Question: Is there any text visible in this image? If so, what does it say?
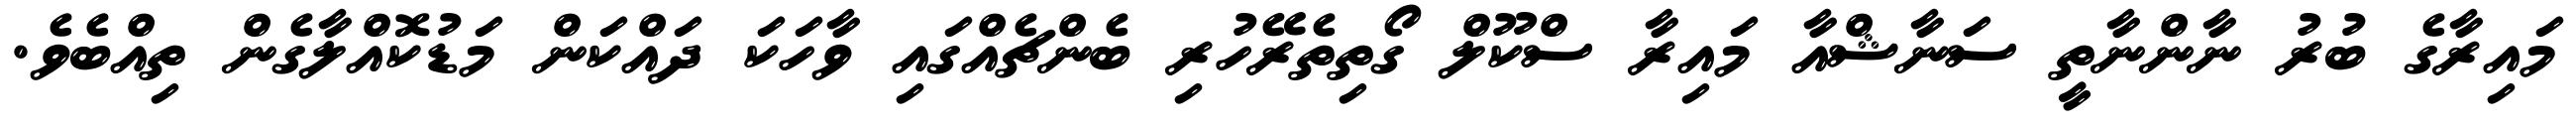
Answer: މައިރާގެ ބުރު ނާންނާތީ ސަނާޝްއާ މައިރާ ސްކޫލް ގޯތިތެރޭހުރި ބެންޗެއްގައި ވާހަކަ ދައްކަން މަޑުކޮއްލާގެން ތިއްބެވެ.